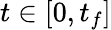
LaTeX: t\in[0,t_{f}]